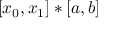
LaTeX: [ x _ { 0 } , x _ { 1 } ] * [ a , b ]